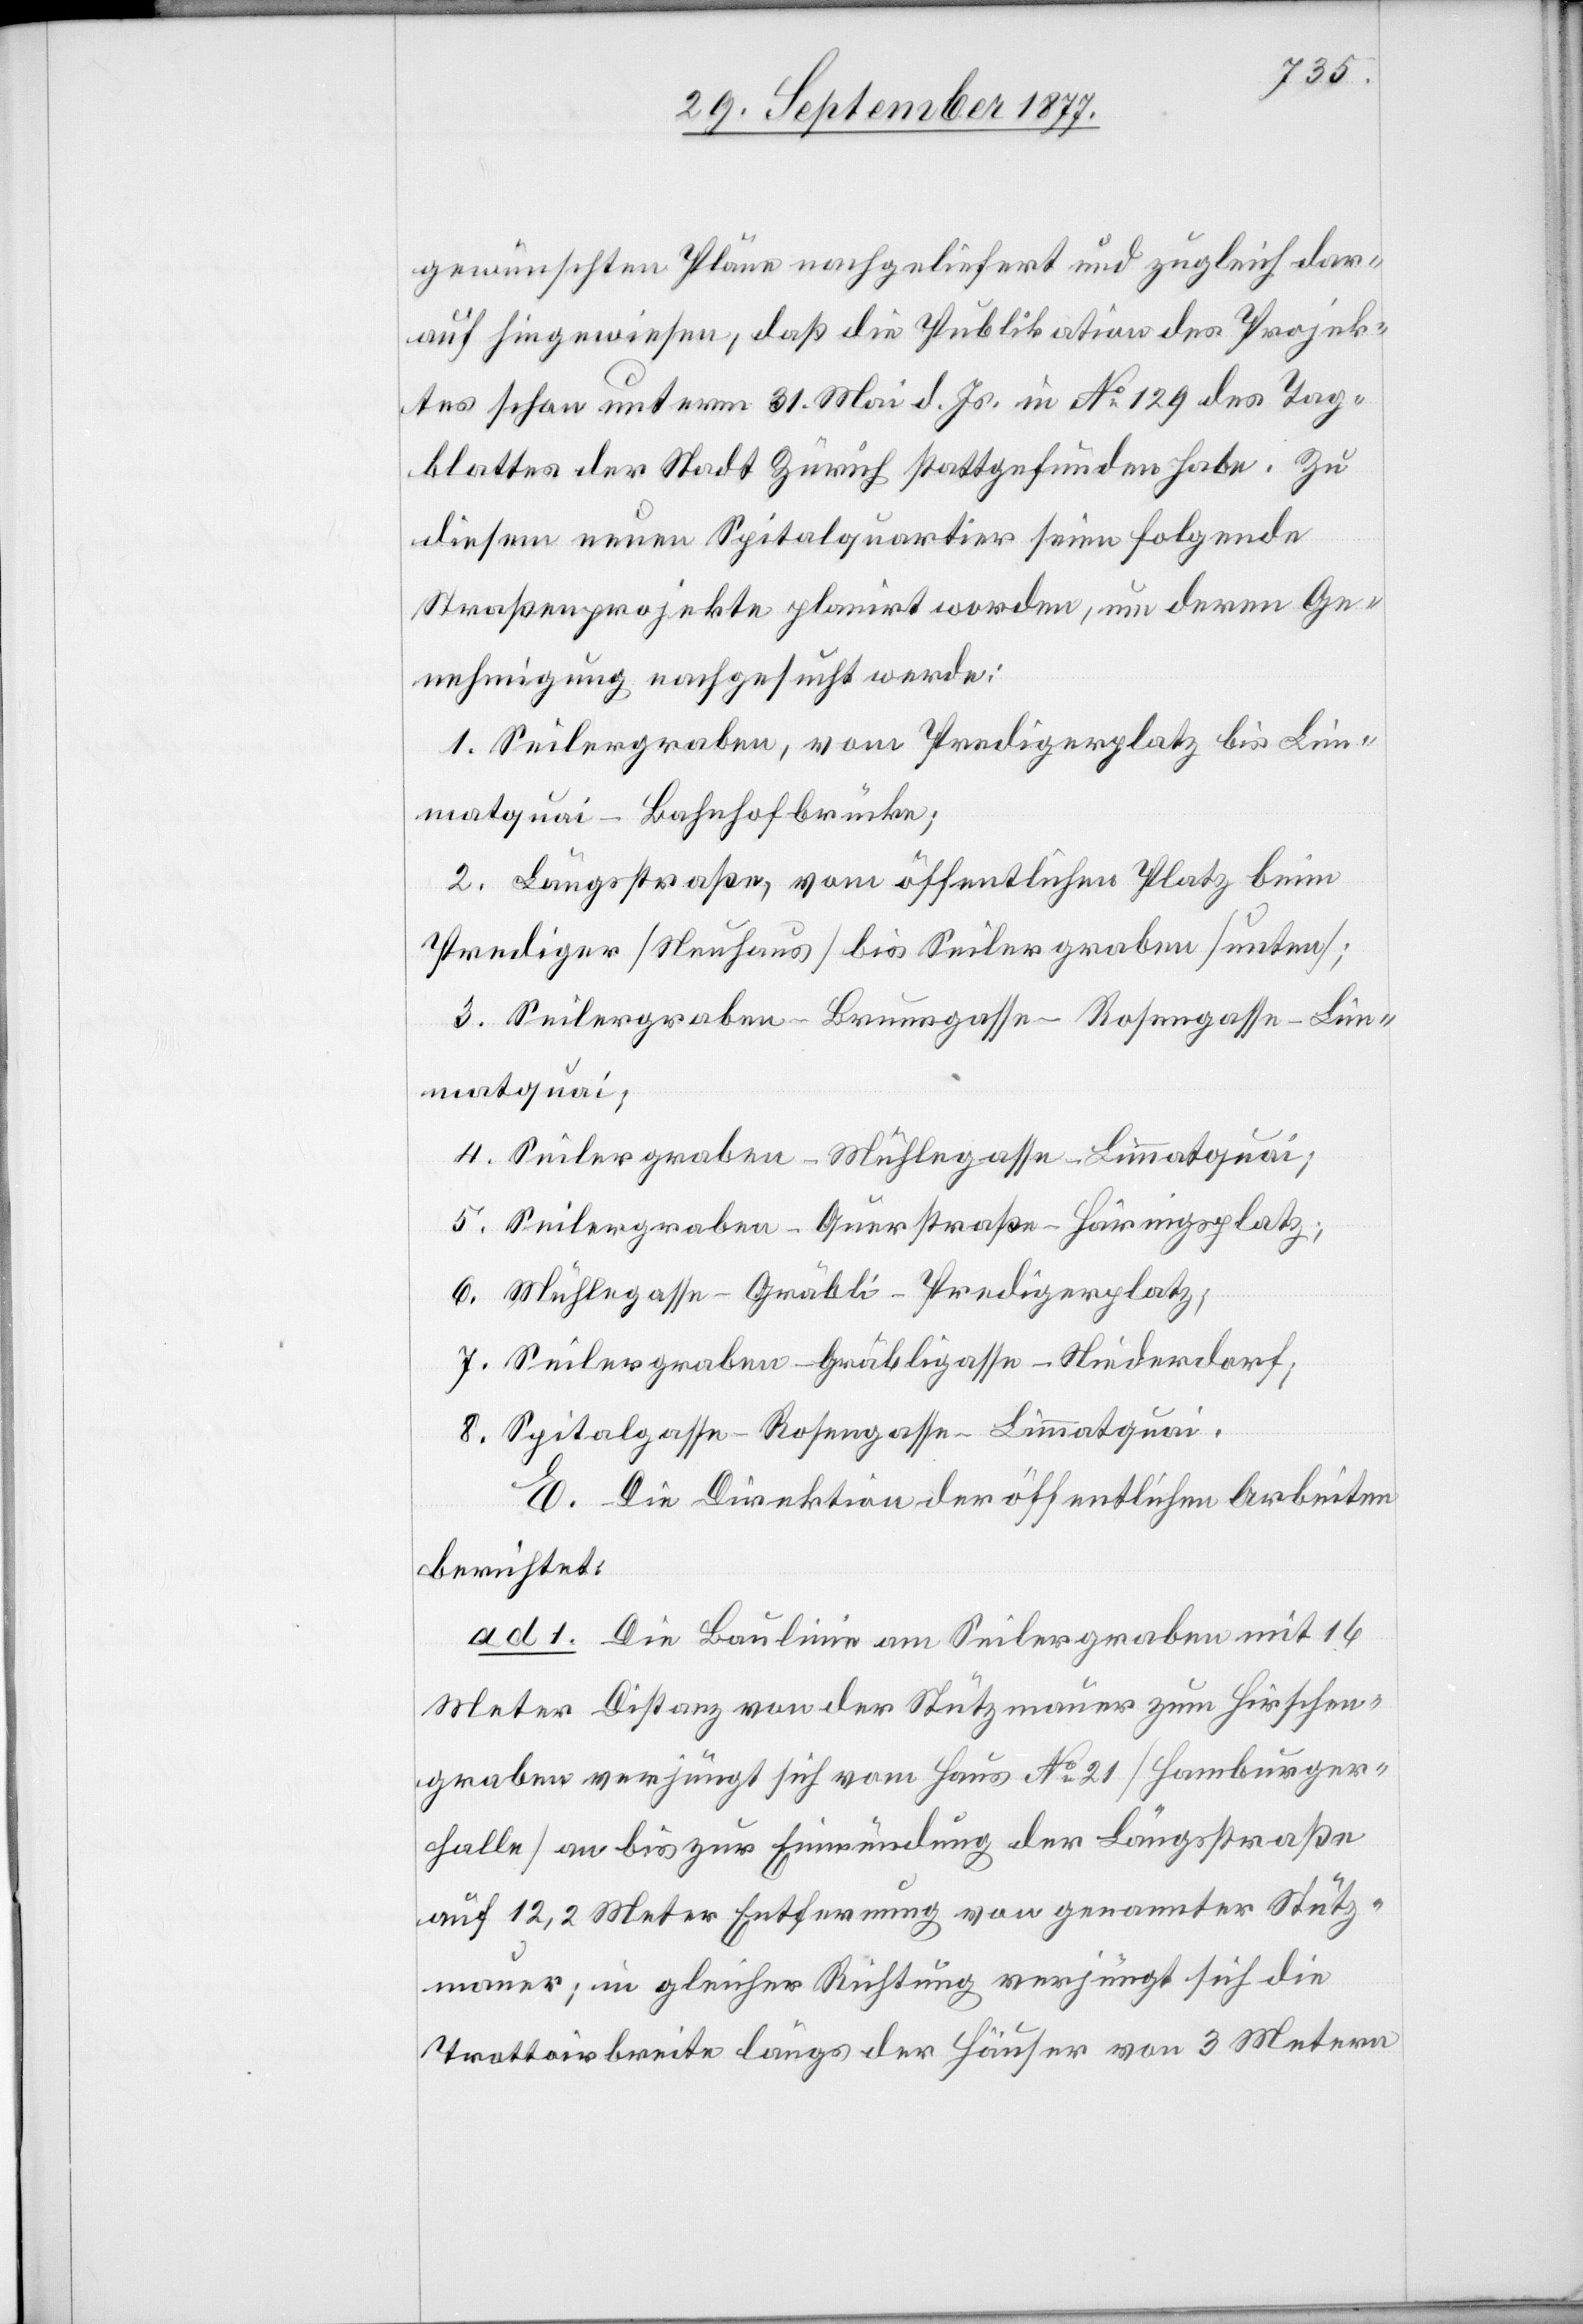
gewünschten Pläne nachgeliefert und zugleich dar¬
auf hingewiesen, daß die Publikation des Projek¬
tes schon unterm 31. Mai d. Js. in No 129 des Tag¬
blattes der Stadt Zürich stattgefunden habe. Zu
diesem neuen Spitalquartier seien folgende
Straßenprojekte planirt worden, um deren Ge¬
nehmigung nachgesucht werde:
1. Seilergraben, vom Predigerplatz bis Lim¬
matquai–Bahnhofbrücke;
2. Längsstraße, vom öffentlichen Platz beim
Prediger [Neuhaus] bis Seilergraben [unten];
3. Seilergraben–Brunngasse–Rosengasse–Lim¬
matquai;
4. Seilergraben–Mühlegasse–Limmatquai;
5. Seilergraben–Querstraße–Häringsplatz;
6. Mühlegasse–Gräbli–Predigerplatz;
7. Seilergraben–Gräbligasse–Niederdorf;
8. Spitalgasse–Rosengasse–Limmatquai.
E. Die Direktion der öffentlichen Arbeiten
berichtet:
ad 1. Die Baulinie am Seilergraben mit 16
Meter Distanz von der Stützmauer zum Hirschen¬
graben verjüngt sich vom Haus No 21 [Hamburger¬
halle] an bis zur Einmündung der Längsstraße
auf 12,2 Meter Entfernung von genannter Stütz¬
mauer; in gleicher Richtung verjüngt sich die
Trottoirbreite längs der Häuser von 3 Metern